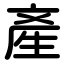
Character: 產